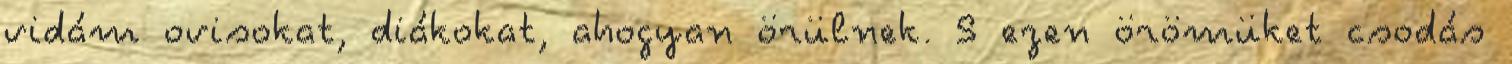
vidám ovisokat, diákokat, ahogyan örülnek. S ezen örömüket csodás